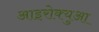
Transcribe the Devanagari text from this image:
आइरोक्युआ